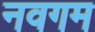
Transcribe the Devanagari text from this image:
नवगम